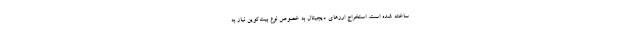
ساخته شده است. استخراج ارزهای دیجیتال به خصوص نوع بیت‌کوین نیاز به